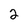
Character: 2